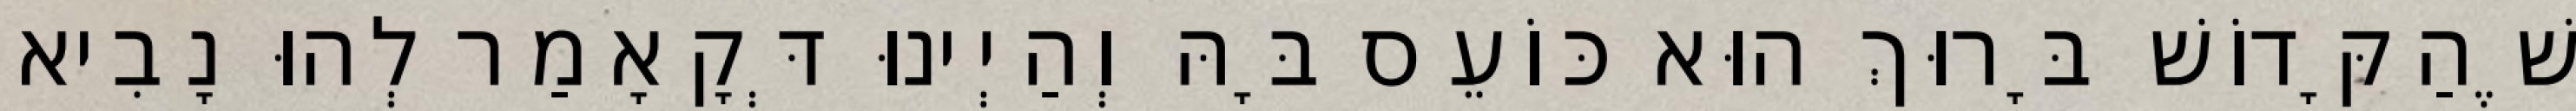
שֶׁהַקָּדוֹשׁ בָּרוּךְ הוּא כּוֹעֵס בָּהּ וְהַיְינוּ דְּקָאָמַר לְהוּ נָבִיא